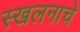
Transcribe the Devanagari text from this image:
स्खलनाचे